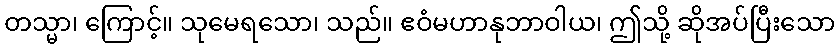
တသ္မာ၊ ကြောင့်။ သုမေရသော၊ သည်။ ဧဝံမဟာနုဘာဝါယ၊ ဤသို့ ဆိုအပ်ပြီးသော